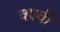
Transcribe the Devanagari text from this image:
व्‍हावी